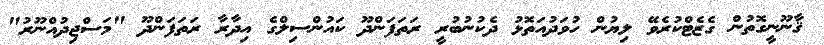
ޤާނޫނީގޮތުން ގެޒެޓްކުރެވޭ ލިޔުން ހުވަދުއަތޮޅު ދެކުނުބުރީ ރަތަފަންދޫ ކައުންސިލްގެ އިދާރާ ރަތަފަންދޫ "މަސްޖިދުއްނޫރު"